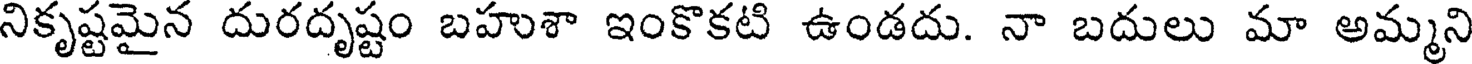
నికృష్టమైన దురదృష్టం బహుశా ఇంకొకటి ఉండదు. నా బదులు మా అమ్మని